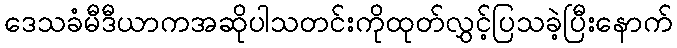
ဒေသခံမီဒီယာကအဆိုပါသတင်းကိုထုတ်လွှင့်ပြသခဲ့ပြီးနောက်